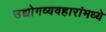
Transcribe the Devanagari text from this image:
उद्योगव्यवहारांमध्ये